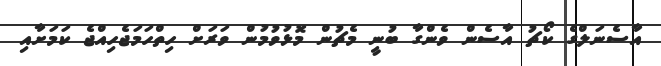
އާސެނަލްގެ ކޯޗު އާސެން ވެންގާ ބުނީ މެޗުން މޮޅުވުމުން ވަރަށް ހިތްހަމަޖެހިއްޖެ ކަމަށާއި